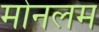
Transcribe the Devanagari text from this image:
मोनलम